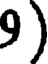
9)